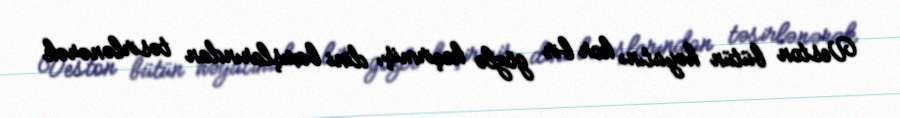
Veston bütün həyatını kor bir gözlə keçirmiş, dini baxışlarından təsirlənərək